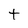
Character: t